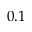
0 . 1